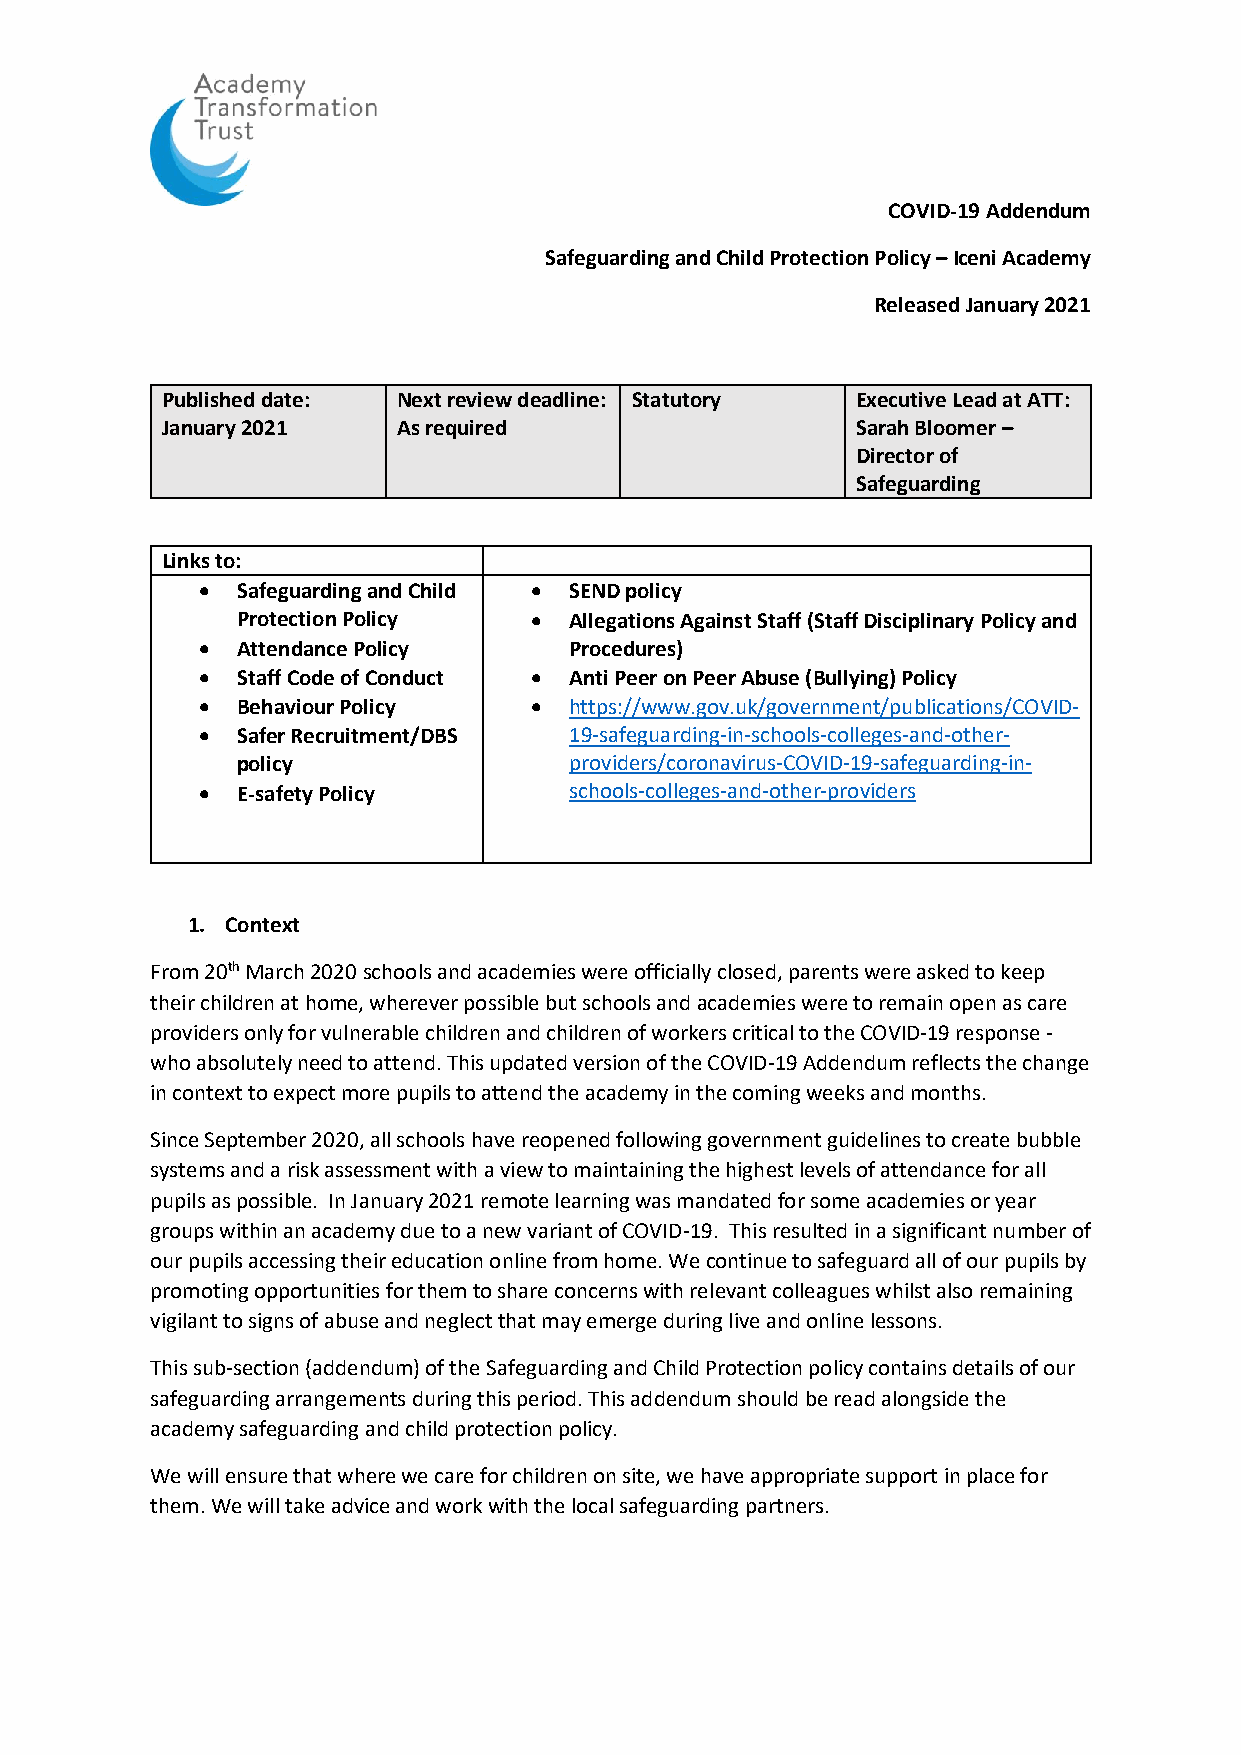
COVID-19 Addendum
 Safeguarding and Child Protection Policy – Iceni Academy
 Released January 2021
 Published date: Next review deadline: Statutory Executive Lead at ATT:
 January 2021   As required                    Sarah Bloomer –
 Director of
 Safeguarding
 Links to:
   Safeguarding and Child  SEND policy
 Protection Policy    Allegations Against Staff (Staff Disciplinary Policy and
   Attendance Policy     Procedures)
   Staff Code of Conduct  Anti Peer on Peer Abuse (Bullying) Policy
   Behaviour Policy     https://www.gov.uk/government/publications/COVID-
   Safer Recruitment/DBS 19-safeguarding-in-schools-colleges-and-other-
 policy                providers/coronavirus-COVID-19-safeguarding-in-
   E-safety Policy       schools-colleges-and-other-providers
 1. Context
 From 20th March 2020 schools and academies were officially closed, parents were asked to keep
 their children at home, wherever possible but schools and academies were to remain open as care
 providers only for vulnerable children and children of workers critical to the COVID-19 response -
 who absolutely need to attend. This updated version of the COVID-19 Addendum reflects the change
 in context to expect more pupils to attend the academy in the coming weeks and months.
 Since September 2020, all schools have reopened following government guidelines to create bubble
 systems and a risk assessment with a view to maintaining the highest levels of attendance for all
 pupils as possible. In January 2021 remote learning was mandated for some academies or year
 groups within an academy due to a new variant of COVID-19. This resulted in a significant number of
 our pupils accessing their education online from home. We continue to safeguard all of our pupils by
 promoting opportunities for them to share concerns with relevant colleagues whilst also remaining
 vigilant to signs of abuse and neglect that may emerge during live and online lessons.
 This sub-section (addendum) of the Safeguarding and Child Protection policy contains details of our
 safeguarding arrangements during this period. This addendum should be read alongside the
 academy safeguarding and child protection policy.
 We will ensure that where we care for children on site, we have appropriate support in place for
 them. We will take advice and work with the local safeguarding partners.